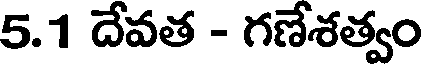
5.1 దేవత - గణేశత్వం